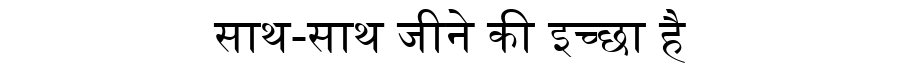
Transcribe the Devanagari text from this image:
साथ-साथ जीने की इच्छा है